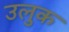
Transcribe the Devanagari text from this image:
उलुक